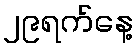
၂၉ရက်နေ့